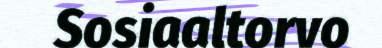
Sosiaaltorvo